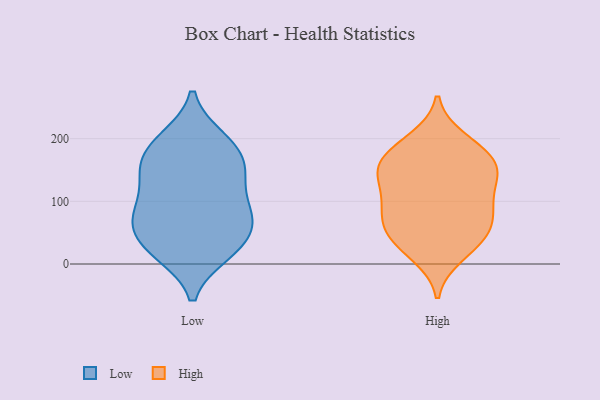
{"axis": {"x": "Churn Rate (%)", "y": "Value"}, "legend": ["High", "Low"], "data": [{"x": "", "y": 157, "type": "Low"}, {"x": "", "y": 83, "type": "Low"}, {"x": "", "y": 160, "type": "Low"}, {"x": "", "y": 55, "type": "Low"}, {"x": "", "y": 18, "type": "Low"}, {"x": "", "y": 90, "type": "Low"}, {"x": "", "y": 126, "type": "Low"}, {"x": "", "y": 69, "type": "Low"}, {"x": "", "y": 194, "type": "Low"}, {"x": "", "y": 194, "type": "Low"}, {"x": "", "y": 17, "type": "Low"}, {"x": "", "y": 20, "type": "Low"}, {"x": "", "y": 200, "type": "Low"}, {"x": "", "y": 64, "type": "Low"}, {"x": "", "y": 151, "type": "Low"}, {"x": "", "y": 91, "type": "Low"}, {"x": "", "y": 41, "type": "Low"}, {"x": "", "y": 146, "type": "Low"}, {"x": "", "y": 61, "type": "High"}, {"x": "", "y": 142, "type": "High"}, {"x": "", "y": 13, "type": "High"}, {"x": "", "y": 175, "type": "High"}, {"x": "", "y": 157, "type": "High"}, {"x": "", "y": 22, "type": "High"}, {"x": "", "y": 193, "type": "High"}, {"x": "", "y": 50, "type": "High"}, {"x": "", "y": 154, "type": "High"}, {"x": "", "y": 82, "type": "High"}, {"x": "", "y": 100, "type": "High"}, {"x": "", "y": 51, "type": "High"}, {"x": "", "y": 81, "type": "High"}, {"x": "", "y": 138, "type": "High"}, {"x": "", "y": 200, "type": "High"}, {"x": "", "y": 148, "type": "High"}, {"x": "", "y": 169, "type": "High"}, {"x": "", "y": 94, "type": "High"}, {"x": "", "y": 116, "type": "High"}, {"x": "", "y": 41, "type": "High"}]}